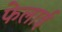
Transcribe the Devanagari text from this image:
फेलाई